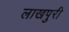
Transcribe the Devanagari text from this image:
लाखपुरी